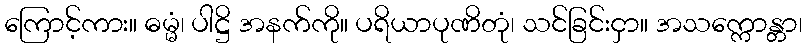
ကြောင့်ကား။ ဓမ္မံ၊ ပါဋ္ဌိ အနက်ကို။ ပရိယာပုဏိတုံ၊ သင်ခြင်းငှာ။ အသက္ကောန္တာ၊